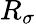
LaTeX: R_{\sigma}